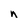
Character: n